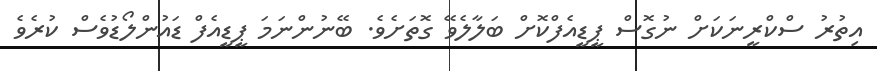
އިތުރު ސްކްރީނަކަށް ނުގޮސް ޕީޑީއެފްކޮށް ބަލާލެވޭ ގޮތަށެވެ. ބޭނުންނަމަ ޕީޑީއެފް ޑައުންލޯޑުވެސް ކުރެވެ